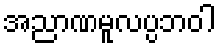
အညာဏမူလပ္ပဘဝါ